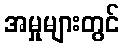
အမှုများတွင်